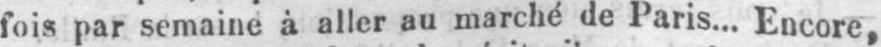
fois par semaine à aller au marché de Paris... Encore,